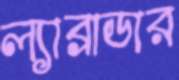
ল্যাব্রাডার